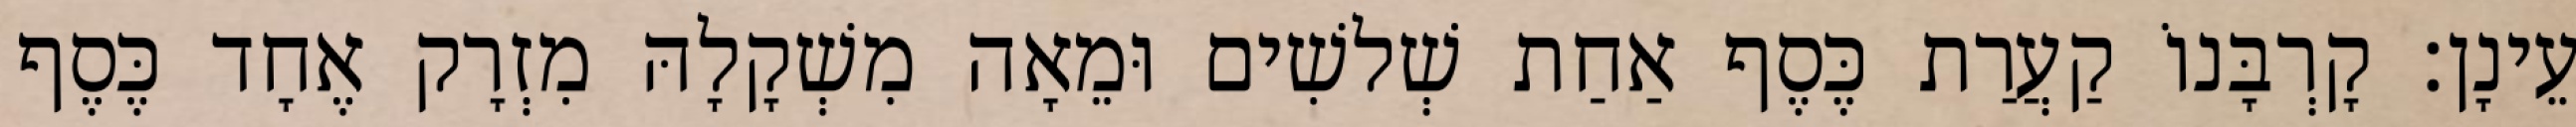
עֵינָן׃ קָרְבָּנוֹ קַעֲרַת כֶּסֶף אַחַת שְׁלשִׁים וּמֵאָה מִשְׁקָלָהּ מִזְרָק אֶחָד כֶּסֶף